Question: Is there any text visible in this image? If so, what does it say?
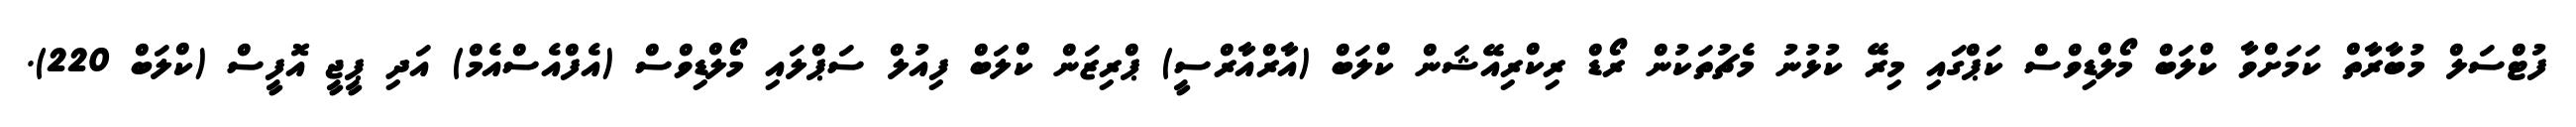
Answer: ފުޓްސަލް މުބާރާތް ކަމަށްވާ ކްލަބް މޯލްޑިވްސް ކަޕްގައި މިރޭ ކުޅުނު މެޗުތަކުން ރޯޑް ރިކްރިއޭޝަން ކްލަބް (އާރްއާރްސީ) ޕްރިޒަން ކްލަބް ފިއުލް ސަޕްލައި މޯލްޑިވްސް (އެފްއެސްއެމް) އަދި ޕީޖީ އޮފީސް (ކްލަބް 220).